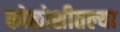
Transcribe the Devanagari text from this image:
कोळोशीतल्या